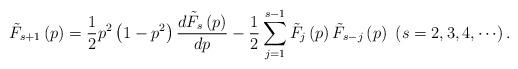
LaTeX: \begin{align*}\tilde{{F}}_{s+1}\left( p\right) =\frac{1}{2}p^{2}\left( {1-p^{2}}\right) \frac{d\tilde{{F}}_{s}\left( p\right) }{dp}-\frac{1}{2}\sum\limits_{j=1}^{s-1}{\tilde{{F}}_{j}\left( p\right) \tilde{{F}}_{s-j}\left(p\right) }\ \left( {s=2,3,4,\cdots }\right) . \end{align*}